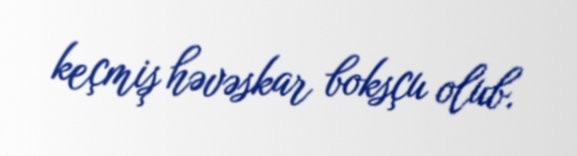
keçmiş həvəskar boksçu olub.